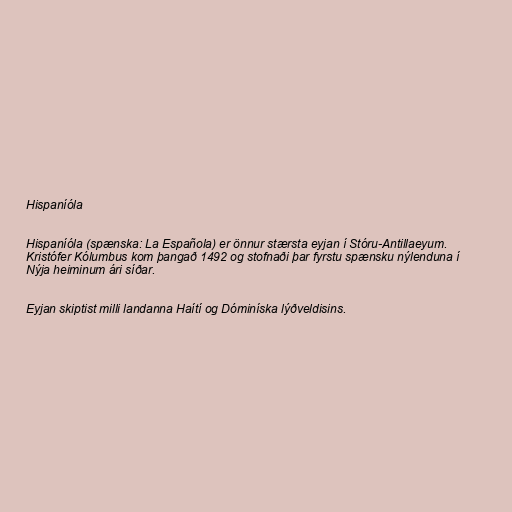
Hispaníóla

Hispaníóla (spænska: La Española) er önnur stærsta eyjan í Stóru-Antillaeyum.
Kristófer Kólumbus kom þangað 1492 og stofnaði þar fyrstu spænsku nýlenduna í
Nýja heiminum ári síðar.

Eyjan skiptist milli landanna Haítí og Dóminíska lýðveldisins.